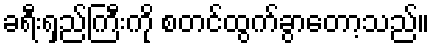
ခရီးရှည်ကြီးကို စတင်ထွက်ခွာတော့သည်။